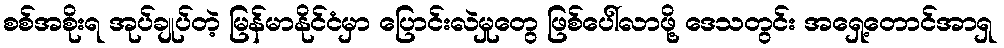
စစ်အစိုးရ အုပ်ချုပ်တဲ့ မြန်မာနိုင်ငံမှာ ပြောင်းလဲမှုတွေ ဖြစ်ပေါ်လာဖို့ ဒေသတွင်း အရှေ့တောင်အာရှ